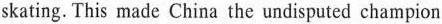
skating. This made China the undisputed champion